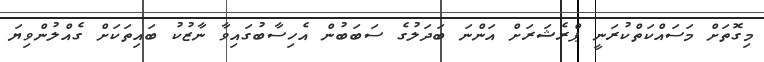
މިގޮތަށް މަސައްކަތްކުރަނީ ޕްރެޝަރަށް އަންނަ ބަދަލުގެ ސަބަބުން އެހިސާބުގައިވާ ނާޒުކު ބައިތަކަށް ގެއްލުންވިޔަ